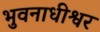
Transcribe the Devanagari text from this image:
भुवनाधीश्वर